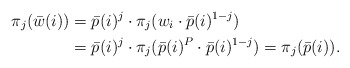
\begin{align*}\pi_j(\bar w(i))&=\bar p(i)^j\cdot \pi_j(w_i \cdot \bar p(i)^{1-j})\\ &=\bar p(i)^j\cdot \pi_j(\bar p(i)^P \cdot \bar p(i)^{1-j})=\pi_j(\bar p(i)). \\\end{align*}